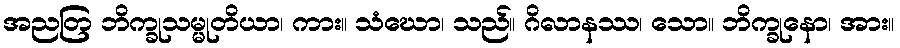
အညတြ ဘိက္ခုသမ္မုတိယာ၊ ကား။ သံဃော၊ သည်။ ဂိလာနဿ၊ သော။ ဘိက္ခုနော၊ အား။